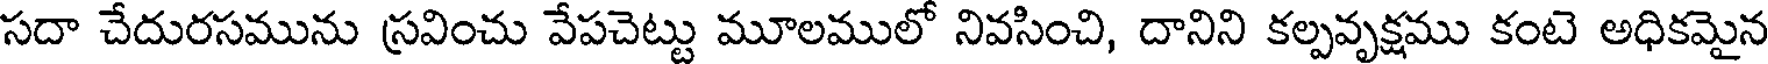
సదా చేదురసమును స్రవించు వేపచెట్టు మూలములో నివసించి, దానిని కల్పవృక్షము కంటె అధికమైన